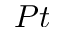
P t